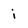
Character: i